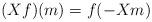
LaTeX: \begin{align*}(X f)(m)= f(- X m)\end{align*}